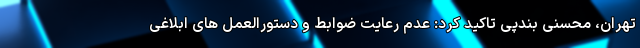
تهران، محسنی بندپی تاکید کرد: عدم رعایت ضوابط و دستورالعمل های ابلاغی